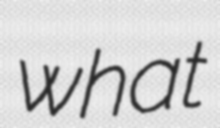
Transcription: what